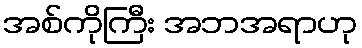
အစ်ကိုကြီး အဘအရာဟု